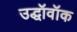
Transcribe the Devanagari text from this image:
उद्धॉवॉक